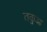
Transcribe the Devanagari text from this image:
तकुआ